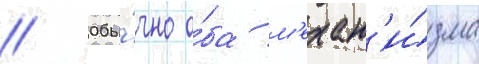
// Обы́чно о́ба м'ехан'и́зма